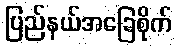
ပြည်နယ်အခြေစိုက်